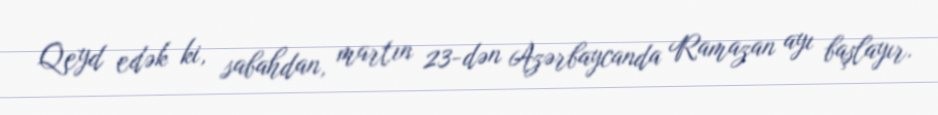
Qeyd edək ki, sabahdan, martın 23-dən Azərbaycanda Ramazan ayı başlayır.